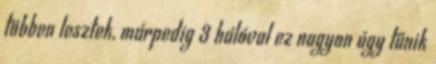
többen lesztek, márpedig 3 hálóval ez nagyon úgy tűnik